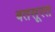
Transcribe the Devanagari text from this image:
बतसूरत